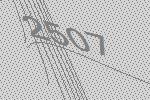
2507